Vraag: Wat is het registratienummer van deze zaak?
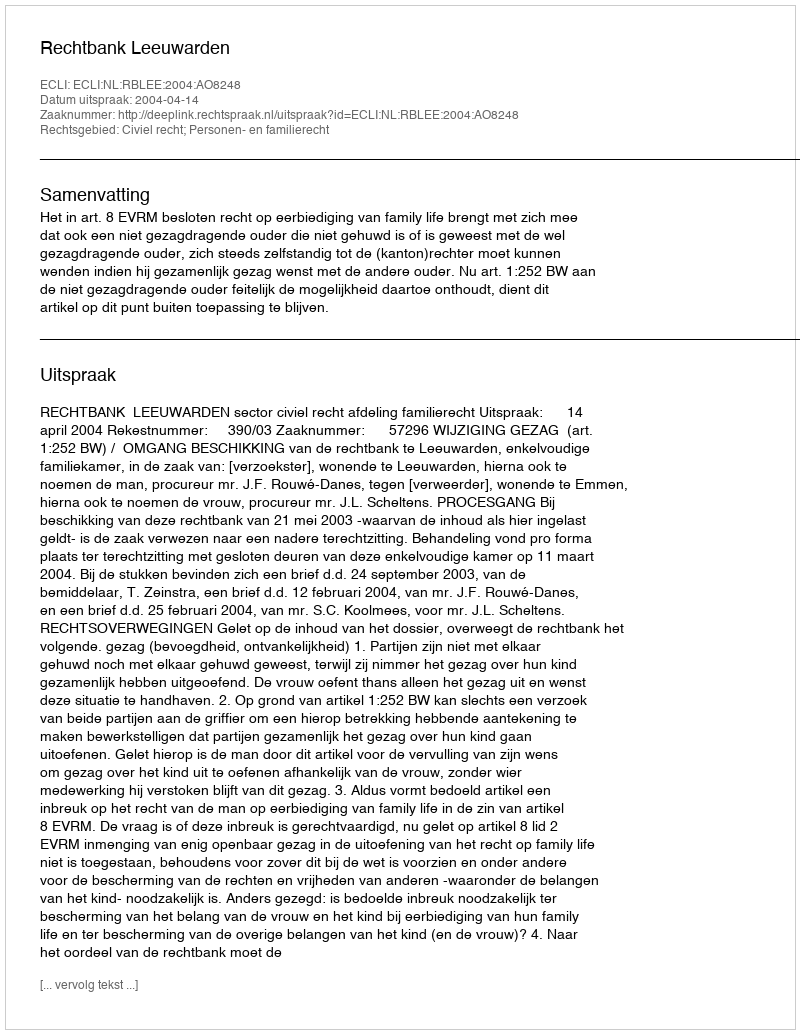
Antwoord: http://deeplink.rechtspraak.nl/uitspraak?id=ECLI:NL:RBLEE:2004:AO8248